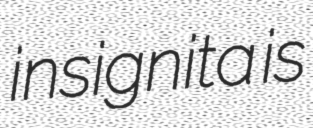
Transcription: insignita is